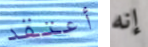
أعتقد إنه